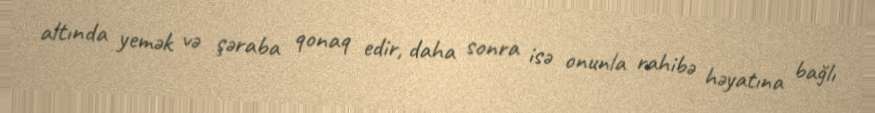
altında yemək və şəraba qonaq edir, daha sonra isə onunla rahibə həyatına bağlı